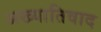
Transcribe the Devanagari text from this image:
अख्यातिवाद